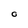
Character: 0